Vaccination in the Punjab 1897-1904 - 1897-1904
Year: 1897
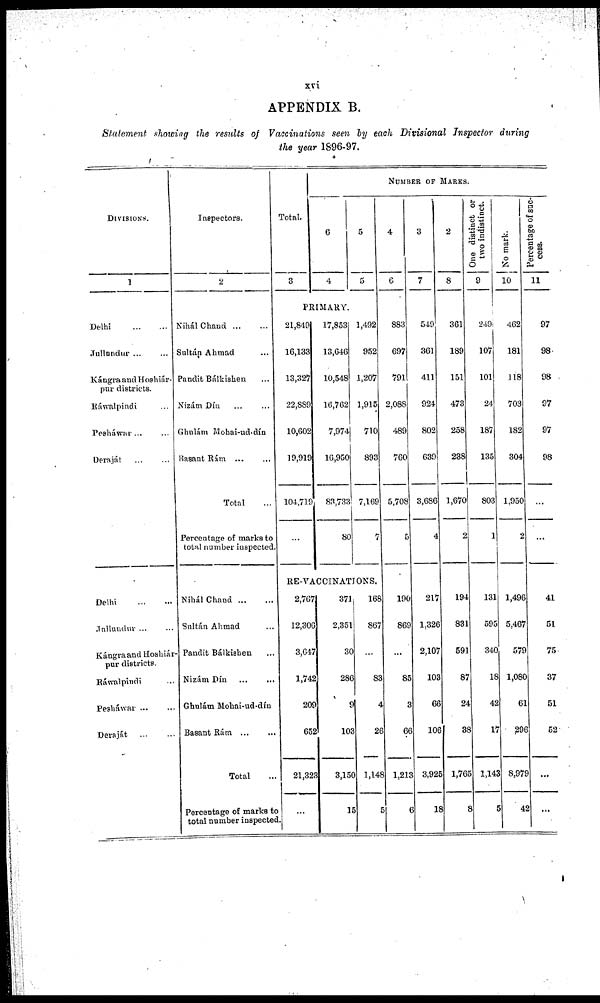
xvi
APPENDIX B.
Statement showing the results of Vaccinations seen by each Divisional Inspector during
the year 1896-97.
DIVISIONS.
1
Inspectors.
2
Total.
3
NUMBER OF MARKS.
6
4
5
5
4
6
3
7
2
8
One distinct or
two indistinct.
9
No mark.
10
Percentage or suc-
cess.
11
PRIMARY.
Delhi
...
...
Jullundur ... ...
Kángra and Hoshiár¬
pur districts.
Ráwalpindi ... ...
Pesháwar ... ...
Deraját ... ...
Nihál Chand ... ...
Sultán Ahmad ... ...
Pandit Bálkishen ... ...
Nizám Dín ... ...
Ghulám Mohai-ud-dín
Basant Rám ... ...
Total ...
Percentage of marks to
total number inspected.
21,849
16,133
13,327
22,889
10,602
19,919
104,719
...
17,853
13,646
10,548
16,762
7,974
16,950
83,733
80
1,492
952
1,207
1,915
710
893
7,169
7
883
697
791
2,088
489
760
5,708
5
549
361
411
924
802
639
3,686
4
361
189
151
473
258
238
1,670
2
249
107
101
24
187
135
803
1
462
181
118
703
182
304
1,950
2
97
9
98
97
97
98
...
...
RE-VACCINATIONS.
Delhi
...
...
Jullundur ... ...
Kángra and Hoshiár¬
pur districts.
Ráwalpindi ... ...
Pesháwar ... ...
Deraját ... ...
Nihál Chand
...
...
Sultán Ahmad ... ...
Pandit Bálkishen ... ...
Nizám Din ... ...
Ghulám Mohai-ud-dín
Basant Rám
...
...
Total ...
Percentage of marks to
total number inspected.
2,767
12,306
3,647
1,742
209
652
21,323
...
371
2,351
30
286
9
103
3,150
15
168
867
...
83
4
26
1,148
5
190
869
...
85
3
66
1,213
6
217
1,326
2,107
103
66
106
3,925
18
194
831
591
87
24
38
1,765
8
131
595
340
18
42
17
1,143
5
1,496
5,467
579
1,080
61
296
8,979
42
41
51
75
37
51
52
...
...